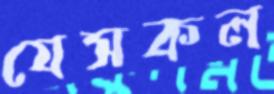
যেসকল